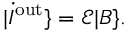
\begin{array} { r } { | \dot { I } ^ { \mathrm { o u t } } \} = \mathcal { E } | B \} . } \end{array}